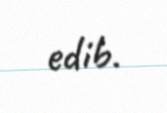
edib.